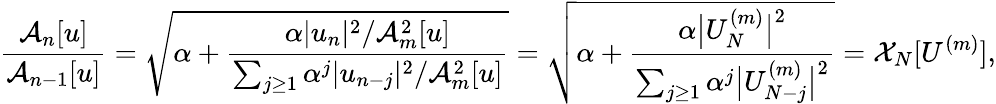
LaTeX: \frac{\mathcal{A}_{n}[u]}{\mathcal{A}_{n-1}[u]}=\sqrt{\alpha+\frac{\alpha|u_{n}|^{2}/\mathcal{A}_{m}^{2}[u]}{\sum_{j\ge 1}\alpha^{j}|u_{n-j}|^{2}/\mathcal{A}_{m}^{2}[u]}}=\sqrt{\alpha+\frac{\alpha\big|U_{N}^{(m)}\big|^{2}}{\sum_{j\ge 1}{\alpha^{j}\big|U_{N-j}^{(m)}\big|^{2}}}}=\mathcal{X}_{N}[U^{(m)}],